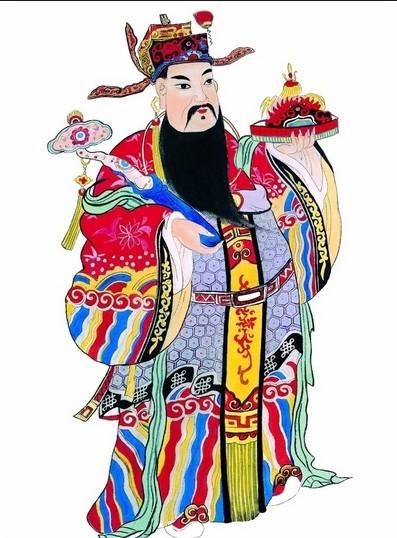
欲人之处高爵禄，则以让贤也多财则以分贫也。